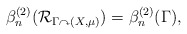
\begin{align*}\beta_n^{(2)}(\mathcal{R}_{\Gamma\curvearrowright (X,\mu)}) = \beta_n^{(2)}(\Gamma),\end{align*}